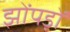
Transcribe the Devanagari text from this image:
झोंपड़ों